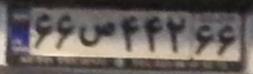
۶۶س۴۴۲۶۶